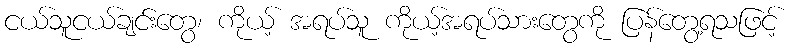
ငယ်သူငယ်ချင်းတွေ၊ ကိုယ့် အရပ်သူ ကိုယ့်အရပ်သားတွေကို ပြန်တွေ့ရသဖြင့်